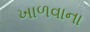
ખાળવાના